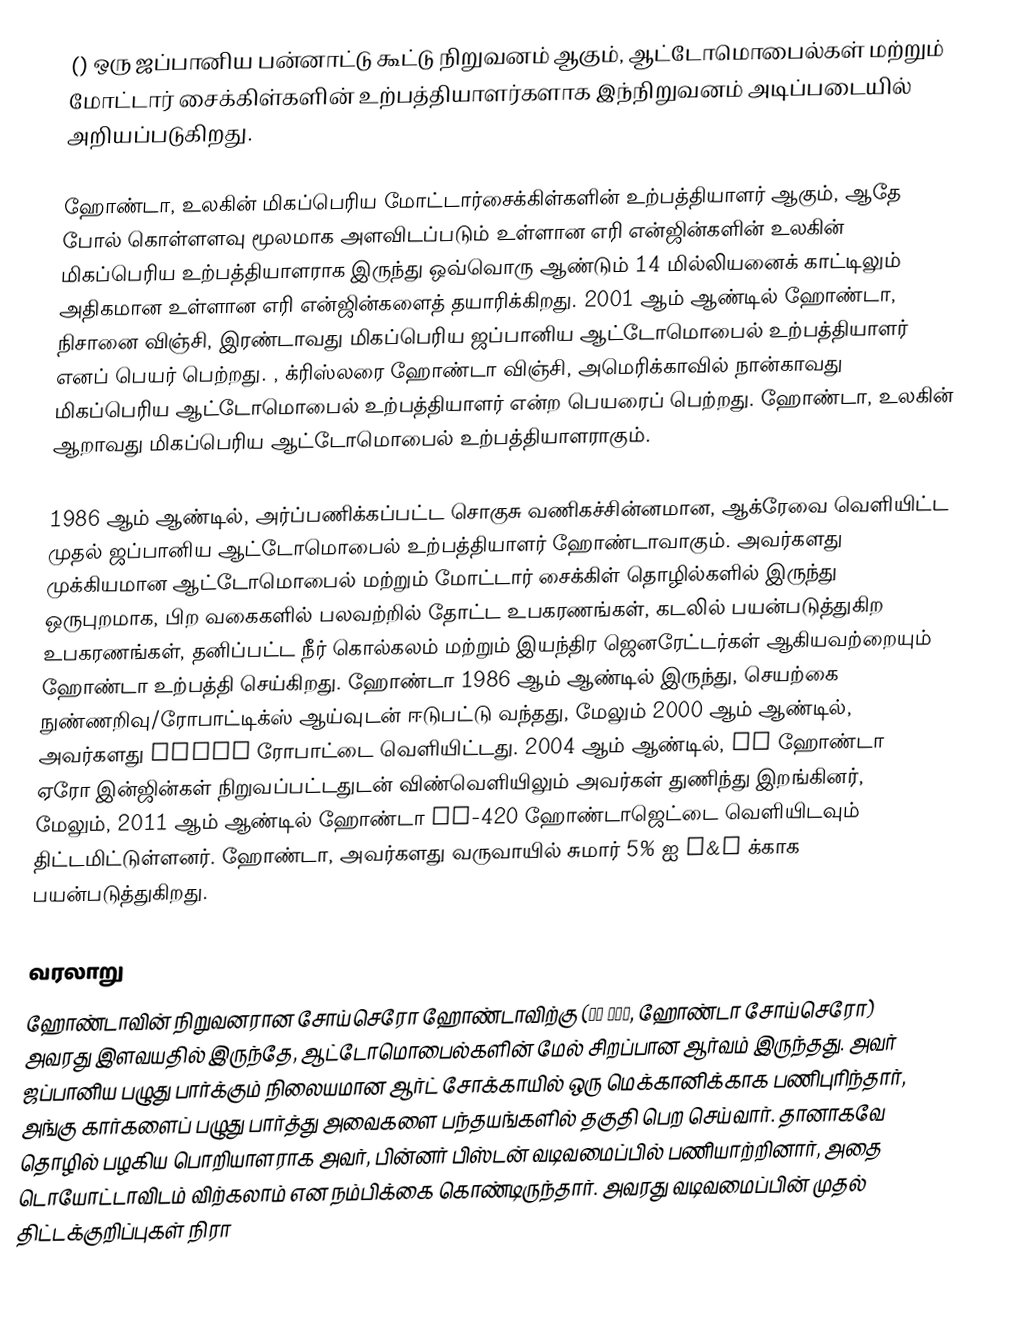
() ஒரு ஜப்பானிய பன்னாட்டு கூட்டு நிறுவனம் ஆகும், ஆட்டோமொபைல்கள் மற்றும் மோட்டார் சைக்கிள்களின் உற்பத்தியாளர்களாக இந்நிறுவனம் அடிப்படையில் அறியப்படுகிறது.

ஹோண்டா, உலகின் மிகப்பெரிய மோட்டார்சைக்கிள்களின் உற்பத்தியாளர் ஆகும், ஆதே போல் கொள்ளளவு மூலமாக அளவிடப்படும் உள்ளான எரி என்ஜின்களின் உலகின் மிகப்பெரிய உற்பத்தியாளராக இருந்து ஒவ்வொரு ஆண்டும் 14 மில்லியனைக் காட்டிலும் அதிகமான உள்ளான எரி என்ஜின்களைத் தயாரிக்கிறது. 2001 ஆம் ஆண்டில் ஹோண்டா, நிசானை விஞ்சி, இரண்டாவது மிகப்பெரிய ஜப்பானிய ஆட்டோமொபைல் உற்பத்தியாளர் எனப் பெயர் பெற்றது. , க்ரிஸ்லரை ஹோண்டா விஞ்சி, அமெரிக்காவில் நான்காவது மிகப்பெரிய ஆட்டோமொபைல் உற்பத்தியாளர் என்ற பெயரைப் பெற்றது. ஹோண்டா, உலகின் ஆறாவது மிகப்பெரிய ஆட்டோமொபைல் உற்பத்தியாளராகும்.

1986 ஆம் ஆண்டில், அர்ப்பணிக்கப்பட்ட சொகுசு வணிகச்சின்னமான, ஆக்ரேவை வெளியிட்ட முதல் ஜப்பானிய ஆட்டோமொபைல் உற்பத்தியாளர் ஹோண்டாவாகும். அவர்களது முக்கியமான ஆட்டோமொபைல் மற்றும் மோட்டார் சைக்கிள் தொழில்களில் இருந்து ஒருபுறமாக, பிற வகைகளில் பலவற்றில் தோட்ட உபகரணங்கள், கடலில் பயன்படுத்துகிற உபகரணங்கள், தனிப்பட்ட நீர் கொல்கலம் மற்றும் இயந்திர ஜெனரேட்டர்கள் ஆகியவற்றையும் ஹோண்டா உற்பத்தி செய்கிறது. ஹோண்டா 1986 ஆம் ஆண்டில் இருந்து, செயற்கை நுண்ணறிவு/ரோபாட்டிக்ஸ் ஆய்வுடன் ஈடுபட்டு வந்தது, மேலும் 2000 ஆம் ஆண்டில், அவர்களது ASIMO ரோபாட்டை வெளியிட்டது. 2004 ஆம் ஆண்டில், GE ஹோண்டா ஏரோ இன்ஜின்கள் நிறுவப்பட்டதுடன் விண்வெளியிலும் அவர்கள் துணிந்து இறங்கினர், மேலும், 2011 ஆம் ஆண்டில் ஹோண்டா HA-420 ஹோண்டாஜெட்டை வெளியிடவும் திட்டமிட்டுள்ளனர். ஹோண்டா, அவர்களது வருவாயில் சுமார் 5% ஐ R&D க்காக பயன்படுத்துகிறது.

வரலாறு
ஹோண்டாவின் நிறுவனரான சோய்செரோ ஹோண்டாவிற்கு (本田 宗一郎, ஹோண்டா சோய்செரோ) அவரது இளவயதில் இருந்தே, ஆட்டோமொபைல்களின் மேல் சிறப்பான ஆர்வம் இருந்தது. அவர் ஜப்பானிய பழுது பார்க்கும் நிலையமான ஆர்ட் சோக்காயில் ஒரு மெக்கானிக்காக பணிபுரிந்தார், அங்கு கார்களைப் பழுது பார்த்து அவைகளை பந்தயங்களில் தகுதி பெற செய்வார். தானாகவே தொழில் பழகிய பொறியாளராக அவர், பின்னர் பிஸ்டன் வடிவமைப்பில் பணியாற்றினார், அதை டொயோட்டாவிடம் விற்கலாம் என நம்பிக்கை கொண்டிருந்தார். அவரது வடிவமைப்பின் முதல் திட்டக்குறிப்புகள் நிரா